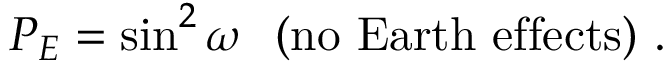
P _ { E } = \sin ^ { 2 } \omega \ \ ( \mathrm { n o \ E a r t h \ e f f e c t s } ) \ .